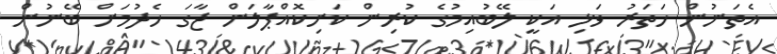
އެތަނުން ހަތަރު ވަޅި އަކީ ލޭބުއިމުގެ ކުރިން ކަށިކޮއްޕާލަން ޖާގަ ހެދުމަށް ބޭނުން